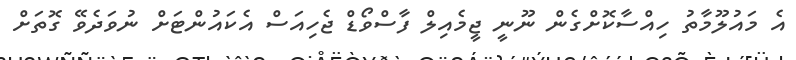
އެ މައުލޫމާތު ހިއްސާކޮށްގެން ނޫނީ ޖީމެއިލް ފާސްވޯޑް ޖެހިއަސް އެކައުންޓަށް ނުވަދެވޭ ގޮތަށް